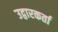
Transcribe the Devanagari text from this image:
उद्वारकर्ता